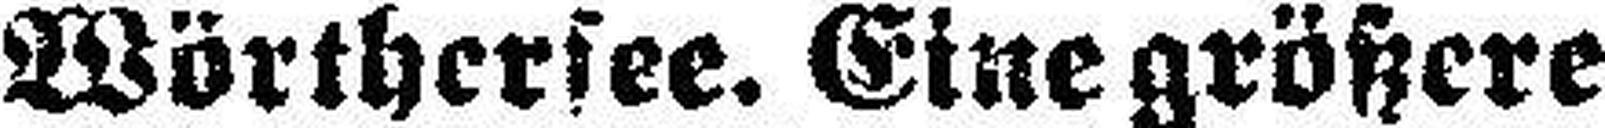
Wörthersee. Eine größere